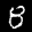
Label: 8